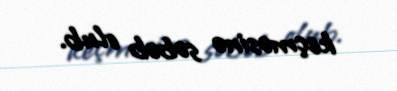
keçməsinə səbəb olub.